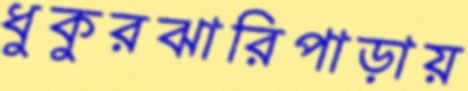
ধুকুরঝারিপাড়ায়